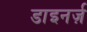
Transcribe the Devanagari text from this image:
डाइनर्ज़